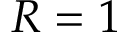
R = 1